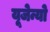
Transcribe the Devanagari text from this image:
यूजेन्यो